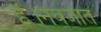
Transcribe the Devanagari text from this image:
है।नवजात